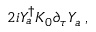
2 i Y _ { a } ^ { \dagger } K _ { 0 } \partial _ { \tau } Y _ { a } \; ,